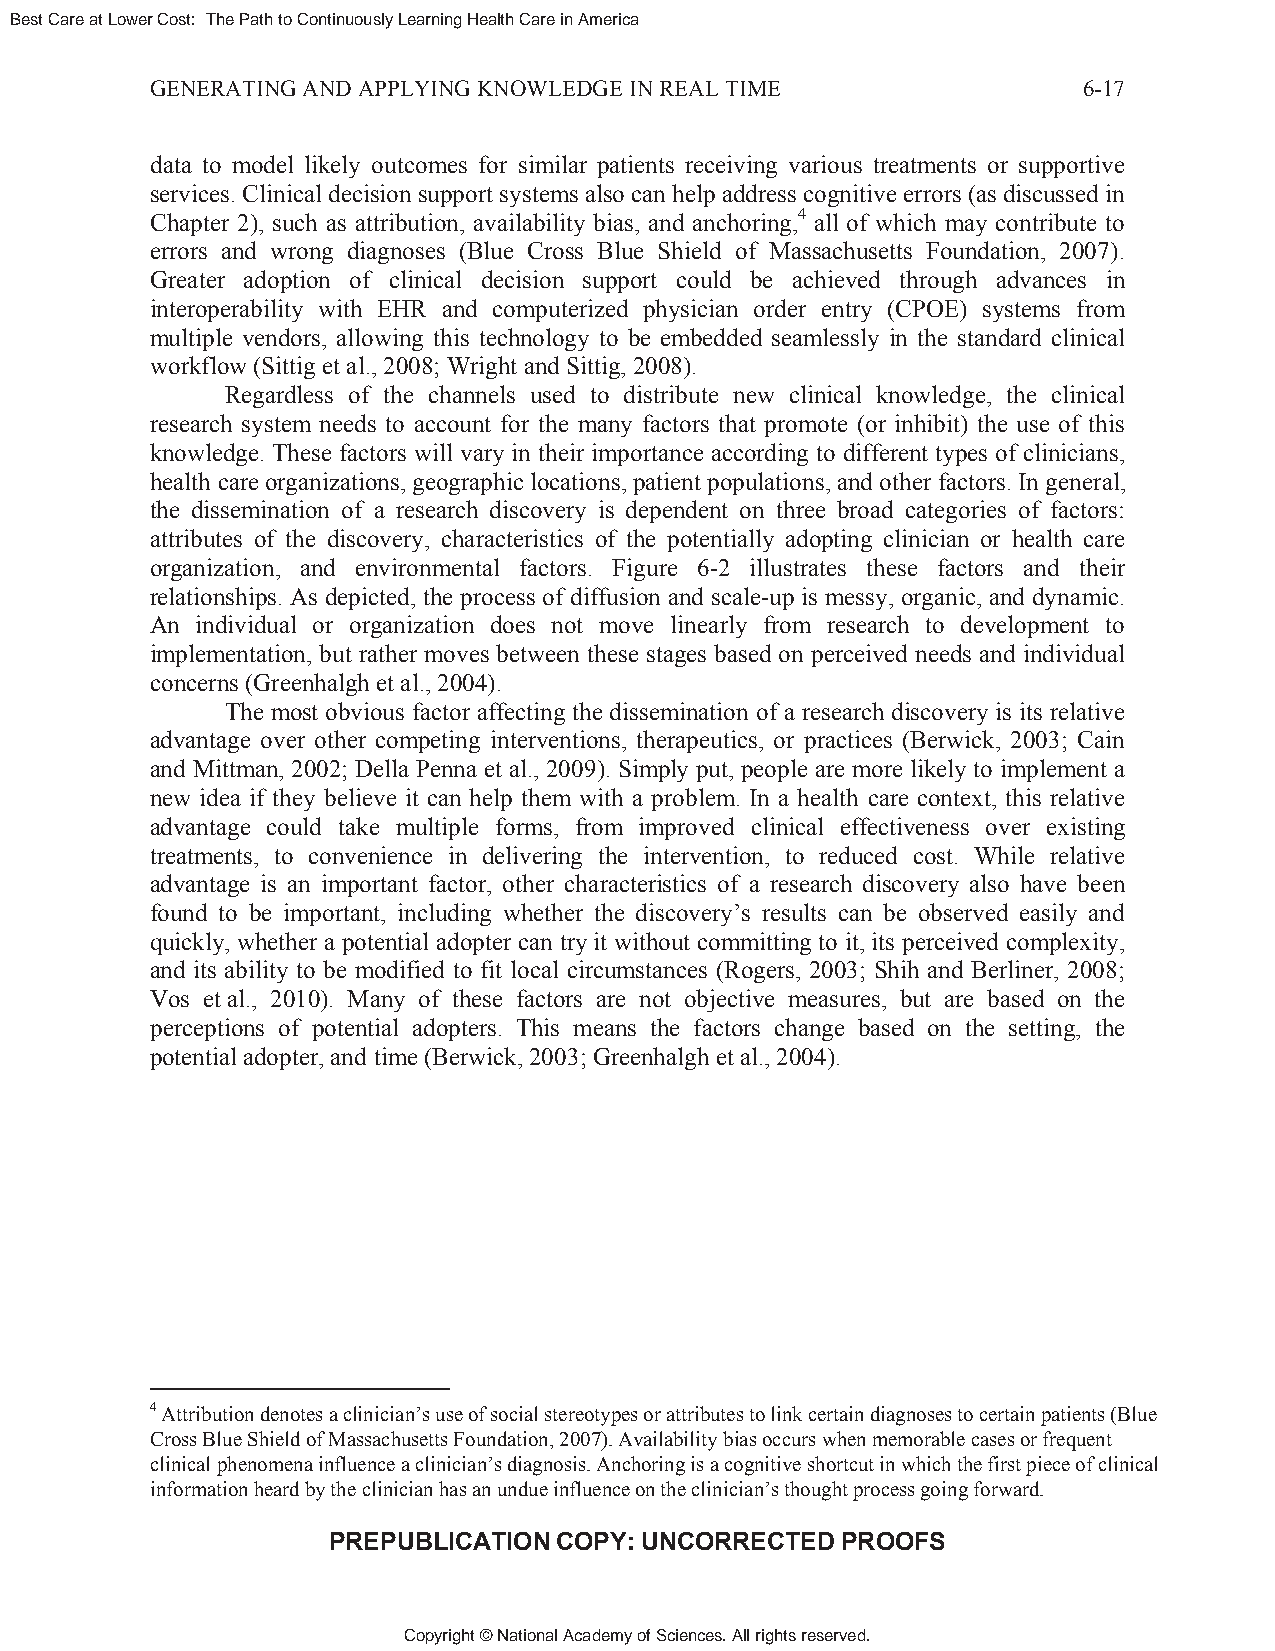
Best Care at Lower Cost: The Path to Continuously Learning Health Care in America
 GENERATING AND APPLYING KNOWLEDGE IN REAL TIME                6-17
 data to model likely outcomes for similar patients receiving various treatments or supportive
 services. Clinical decision support systems also can help address cognitive errors (as discussed in
 Chapter 2), such as attribution, availability bias, and anchoring,4 all of which may contribute to
 errors and wrong diagnoses (Blue Cross Blue Shield of Massachusetts Foundation, 2007).
 Greater adoption of clinical decision support could be achieved through advances in
 interoperability with EHR and computerized physician order entry (CPOE) systems from
 multiple vendors, allowing this technology to be embedded seamlessly in the standard clinical
 workflow (Sittig et al., 2008; Wright and Sittig, 2008).
 Regardless of the channels used to distribute new clinical knowledge, the clinical
 research system needs to account for the many factors that promote (or inhibit) the use of this
 knowledge. These factors will vary in their importance according to different types of clinicians,
 health care organizations, geographic locations, patient populations, and other factors. In general,
 the dissemination of a research discovery is dependent on three broad categories of factors:
 attributes of the discovery, characteristics of the potentially adopting clinician or health care
 organization, and environmental factors. Figure 6-2 illustrates these factors and their
 relationships. As depicted, the process of diffusion and scale-up is messy, organic, and dynamic.
 An individual or organization does not move linearly from research to development to
 implementation, but rather moves between these stages based on perceived needs and individual
 concerns (Greenhalgh et al., 2004).
 The most obvious factor affecting the dissemination of a research discovery is its relative
 advantage over other competing interventions, therapeutics, or practices (Berwick, 2003; Cain
 and Mittman, 2002; Della Penna et al., 2009). Simply put, people are more likely to implement a
 new idea if they believe it can help them with a problem. In a health care context, this relative
 advantage could take multiple forms, from improved clinical effectiveness over existing
 treatments, to convenience in delivering the intervention, to reduced cost. While relative
 advantage is an important factor, other characteristics of a research discovery also have been
 found to be important, including whether the discovery’s results can be observed easily and
 quickly, whether a potential adopter can try it without committing to it, its perceived complexity,
 and its ability to be modified to fit local circumstances (Rogers, 2003; Shih and Berliner, 2008;
 Vos et al., 2010). Many of these factors are not objective measures, but are based on the
 perceptions of potential adopters. This means the factors change based on the setting, the
 potential adopter, and time (Berwick, 2003; Greenhalgh et al., 2004).
 4 Attribution denotes a clinician’s use of social stereotypes or attributes to link certain diagnoses to certain patients (Blue
 Cross Blue Shield of Massachusetts Foundation, 2007). Availability bias occurs when memorable cases or frequent
 clinical phenomena influence a clinician’s diagnosis. Anchoring is a cognitive shortcut in which the first piece of clinical
 information heard by the clinician has an undue influence on the clinician’s thought process going forward.
 PREPUBLICATION COPY: UNCORRECTED  PROOFS
 Copyright © National Academy of Sciences. All rights reserved.